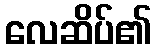
လေဆိပ်၏